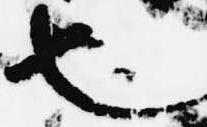
也